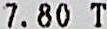
7.80 T